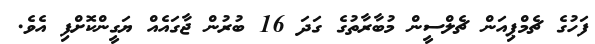
ފަހުގެ ޗެމްޕިއަން ޗެލްސީން މުބާރާތުގެ ގަދަ 16 ބުރުން ޖާގައެއް ޔަގީންކޮށްފި އެވެ.